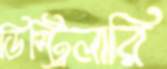
ডিস্ট্রিলারি